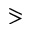
\eqslantgtr